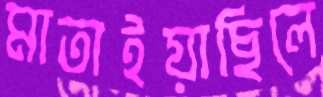
মাতাইয়াছিলে